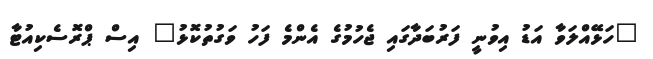
"ހަޅޭއްލަވާ އަޑު އިވުނީ ފަރުބަދާގައި ޖެހުމުގެ އެންމެ ފަހު ވަގުތުކޮޅު" އިސް ޕްރޮސެކިއުޓާ